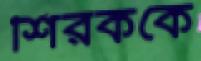
শিরককে